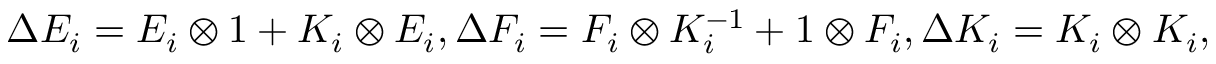
\Delta E _ { i } = E _ { i } \otimes 1 + K _ { i } \otimes E _ { i } , \Delta F _ { i } = F _ { i } \otimes K _ { i } ^ { - 1 } + 1 \otimes F _ { i } , \Delta K _ { i } = K _ { i } \otimes K _ { i } ,